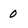
Character: 0